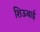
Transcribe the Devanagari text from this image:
शिऊबाई